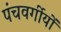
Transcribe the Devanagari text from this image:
पंचवर्गीयों